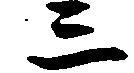
三